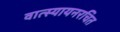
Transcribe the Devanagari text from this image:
वात्स्यायनरचित